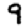
Digit: 9